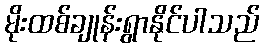
မိုးထစ်ချုန်းရွာနိုင်ပါသည်